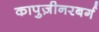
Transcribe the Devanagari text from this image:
कापुज़ीनरबर्ग